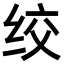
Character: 绞